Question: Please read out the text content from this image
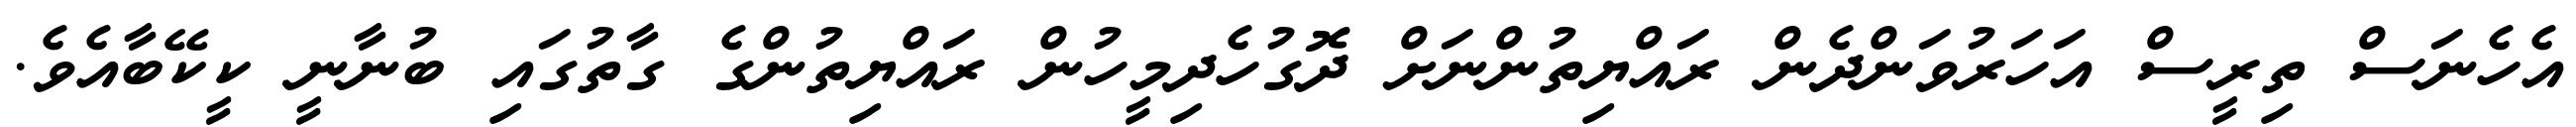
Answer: އެހެނަސް ތިރީސް އަހަރުވަންދެން ރައްޔިތުންނަށް ދޮގުހެދިމީހުން ރައްޔިތުންގެ ގާތުގައި ބުނާނީ ކީކޭބާއެވެ.